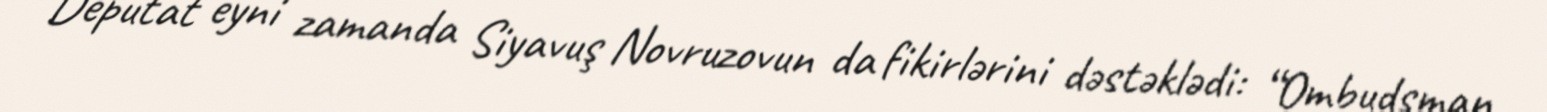
Deputat eyni zamanda Siyavuş Novruzovun da fikirlərini dəstəklədi: “Ombudsman